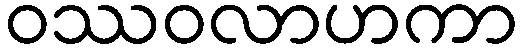
ဝဿဝလာဟကာ